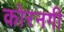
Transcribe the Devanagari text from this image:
कोरनगी